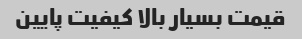
قیمت بسیار بالا کیفیت پایین